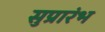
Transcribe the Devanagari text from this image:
सुप्रारंभ